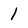
Character: l